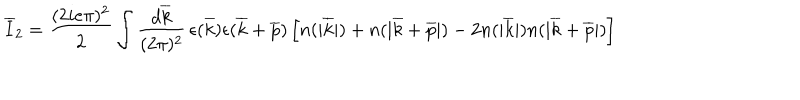
LaTeX: \overline { { { I } } } _ { 2 } = { \frac { ( 2 i e \pi ) ^ { 2 } } { 2 } } \int { \frac { d \overline { { { k } } } } { ( 2 \pi ) ^ { 2 } } } \, \epsilon ( \overline { { { k } } } ) \epsilon ( \overline { { { k } } } + \overline { { { p } } } ) \left[ n ( | \overline { { { k } } } | ) + n ( | \overline { { { k } } } + \overline { { { p } } } | ) - 2 n ( | \overline { { { k } } } | ) n ( | \overline { { { k } } } + \overline { { { p } } } | ) \right]